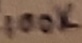
Text: 100K